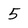
Character: 5